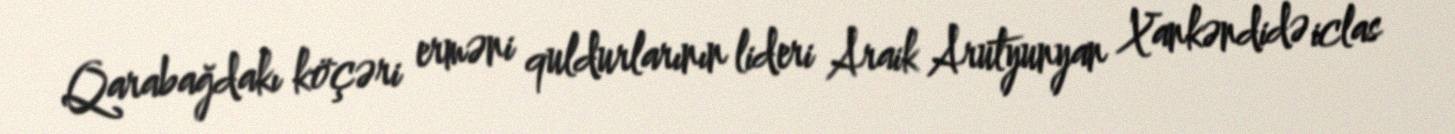
Qarabağdakı köçəri erməni quldurlarının lideri Araik Arutyunyan Xankəndidə iclas